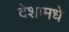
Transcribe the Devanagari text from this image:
देशामधे